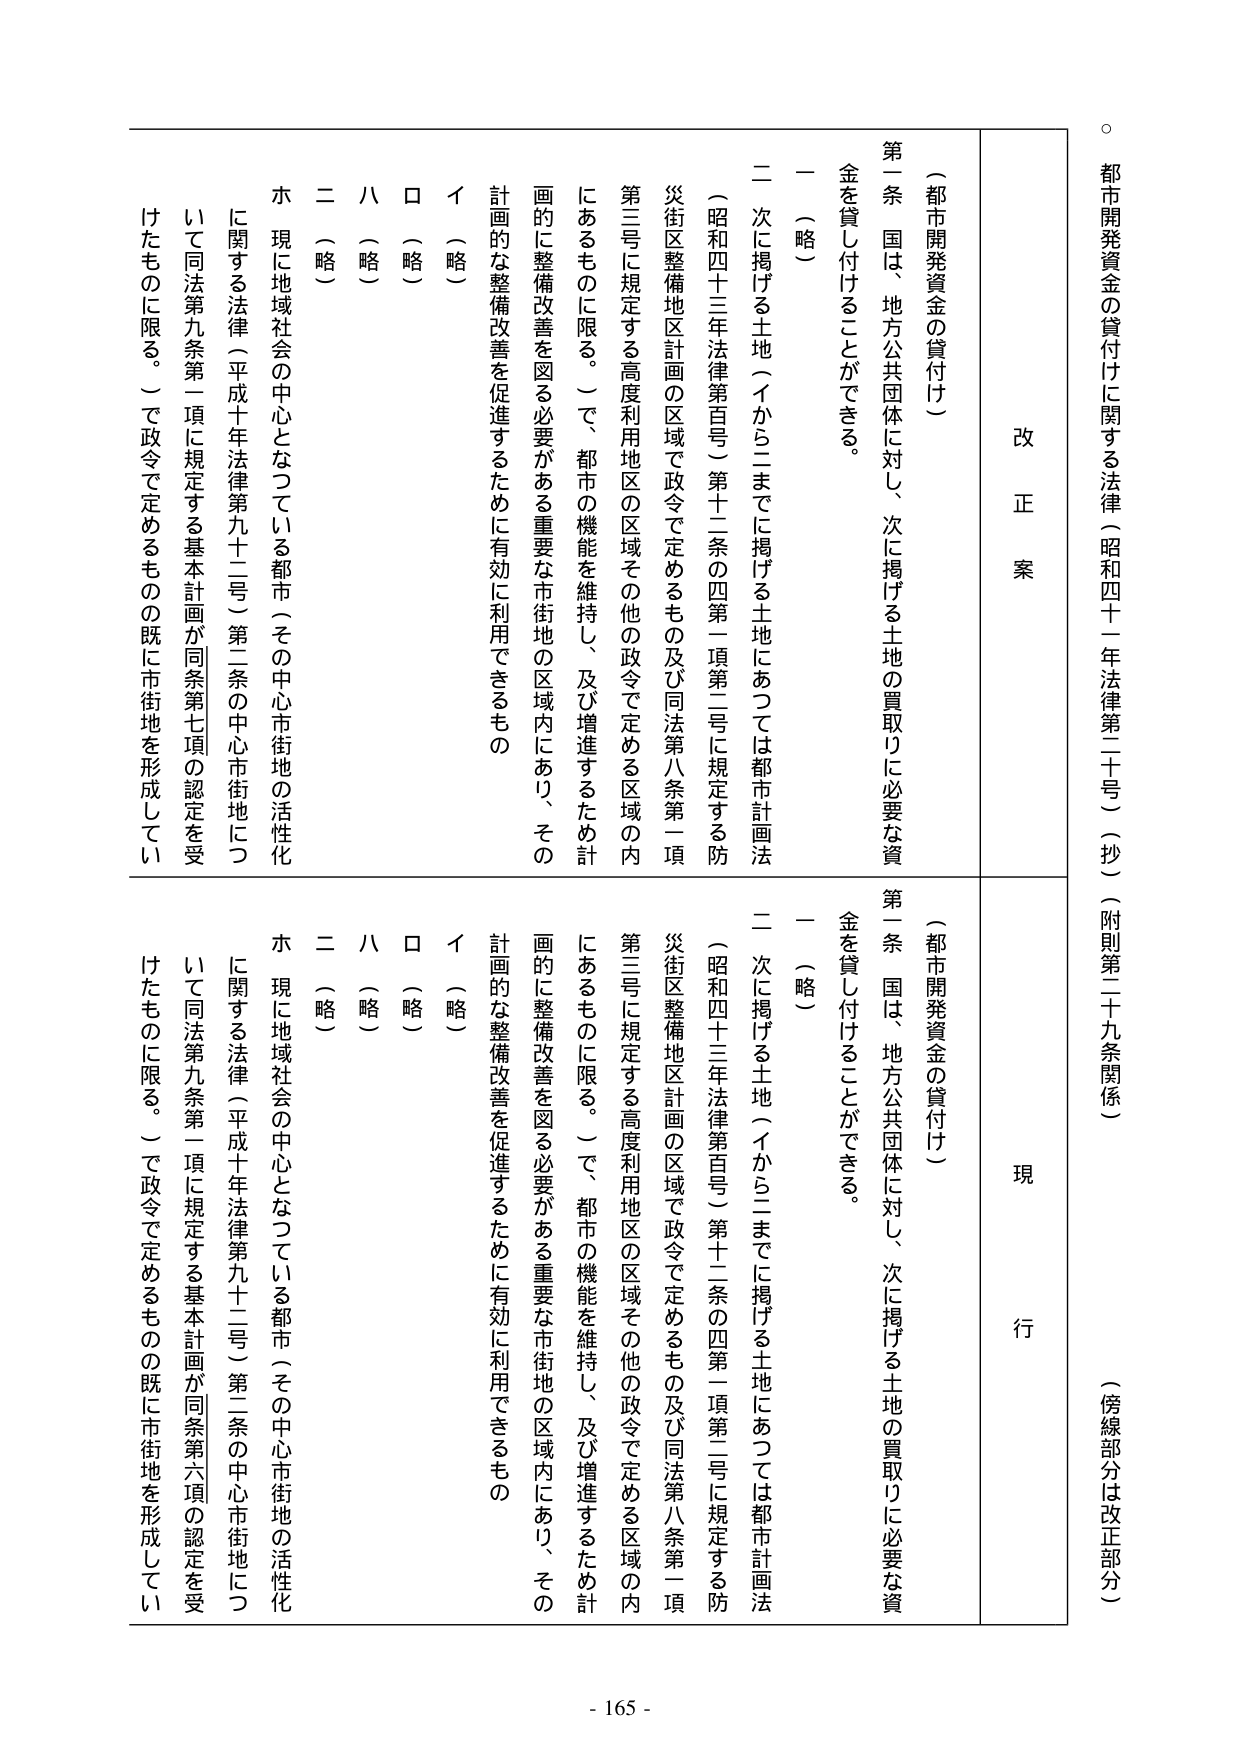
都市開発資金の貸付けに関する法律（昭和四十一年法律第二十号）（抄）（附則第二十九条関係）（傍線部分は改正部分）

改 正 案

（都市開発資金の貸付け）

第一条　国は、地方公共団体に対し、次に掲げる土地の買取りに必要な資金を貸し付けることができる。

一　（略）

二　次に掲げる土地（イからニまでに掲げる土地にあっては都市計画法（昭和四十三年法律第百号）第十二条の四第一項第二号に規定する防災街区整備地区計画の区域で政令で定めるもの及び同法第八条第一項第三号に規定する高度利用地区の区域その他の政令で定める区域の内にあるものに限る。）で、都市の機能を維持し、及び増進するため計画的に整備改善を図る必要がある重要な市街地の区域内にあり、その計画的な整備改善を促進するために有効に利用できるもの

イ　（略）

ロ　（略）

ハ　（略）

二　（略）

ホ　現に地域社会の中心となっている都市（その中心市街地の活性化に関する法律（平成十年法律第九十二号）第二条の中心市街地について同法第九条第一項に規定する基本計画が同条第七項の認定を受けていたものに限る。）で政令で定めるものの既に市街地を形成してい

現 行

（都市開発資金の貸付け）

第一条　国は、地方公共団体に対し、次に掲げる土地の買取りに必要な資金を貸し付けることができる。

一　（略）

二　次に掲げる土地（イからニまでに掲げる土地にあっては都市計画法（昭和四十三年法律第百号）第十二条の四第一項第二号に規定する防災街区整備地区計画の区域で政令で定めるもの及び同法第八条第一項第三号に規定する高度利用地区の区域その他の政令で定める区域の内にあるものに限る。）で、都市の機能を維持し、及び増進するため計画的に整備改善を図る必要がある重要な市街地の区域内にあり、その計画的な整備改善を促進するために有効に利用できるもの

イ　（略）

ロ　（略）

ハ　（略）

二　（略）

ホ　現に地域社会の中心となっている都市（その中心市街地の活性化に関する法律（平成十年法律第九十二号）第二条の中心市街地について同法第九条第一項に規定する基本計画が同条第六項の認定を受けていたものに限る。）で政令で定めるものの既に市街地を形成してい

- 165 -